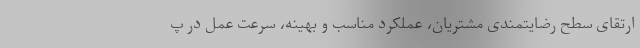
ارتقای سطح رضایتمندی مشتریان، عملکرد مناسب و بهینه، سرعت عمل در پ